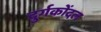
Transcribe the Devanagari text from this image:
दुर्गकोंदल